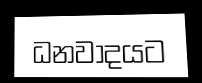
ධනවාදයට